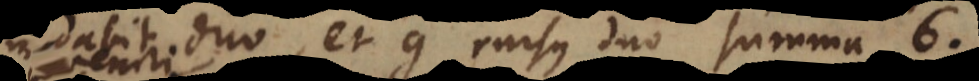
d dabit duo, et g rursus duo, summa 6.